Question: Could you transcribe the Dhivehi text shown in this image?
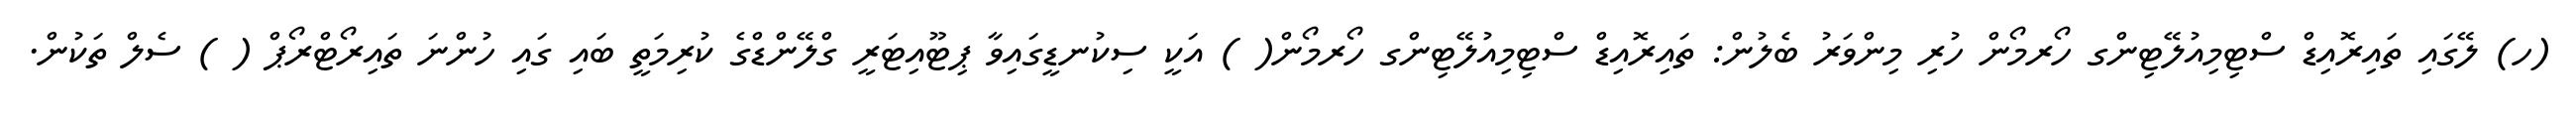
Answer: (ހ) ލޭގައި ތައިރޮއިޑް ސްޓިމިއުލޭޓިންގ ހޯރމޯން ހުރި މިންވަރު ބެލުން: ތައިރޮއިޑް ސްޓިމިއުލޭޓިންގ ހޯރމޯން( ) އަކީ ސިކުނޑީގައިވާ ޕިޓޫއިޓަރީ ގްލޭންޑްގެ ކުރިމަތީ ބައި ގައި ހުންނަ ތައިރޯޓްރޯޕް ( ) ސެލް ތަކުން.